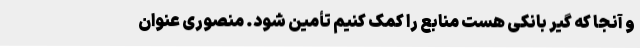
و آنجا که گیر بانکی هست منابع را کمک کنیم تأمین شود. منصوری عنوان